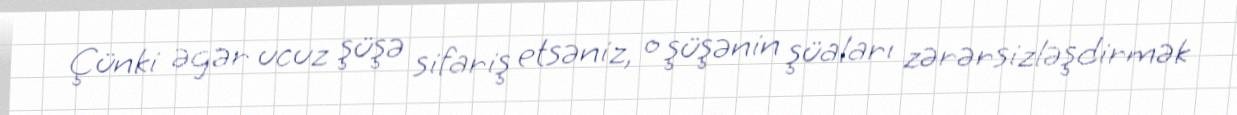
Çünki əgər ucuz şüşə sifariş etsəniz, o şüşənin şüaları zərərsizləşdirmək